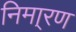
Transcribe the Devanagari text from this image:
निमा्रण